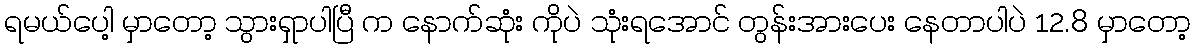
ရမယ်ပေါ့ မှာတော့ သွားရှာပါပြီ က နောက်ဆုံး ကိုပဲ သုံးရအောင် တွန်းအားပေး နေတာပါပဲ 12.8 မှာတော့